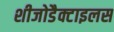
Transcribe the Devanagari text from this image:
शीजोडैक्टाइलस